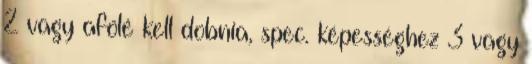
2 vagy afölé kell dobnia, spec. képességhez 3 vagy